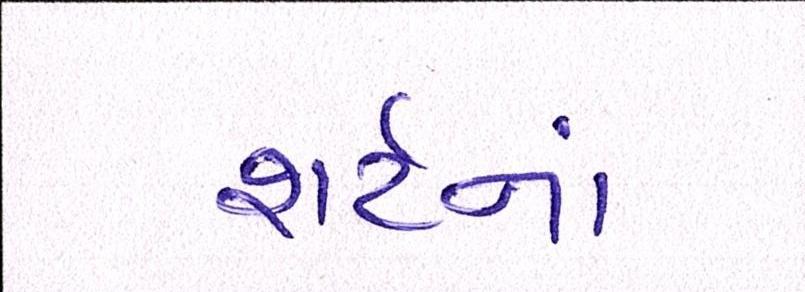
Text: શર્ટનાં